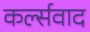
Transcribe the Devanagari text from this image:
कर्ल्सवाद